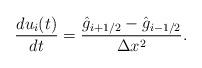
LaTeX: \begin{align*} \frac{du_{i}(t)}{dt} = \frac{\hat{g}_{i+1/2} - \hat{g}_{i-1/2}}{\Delta x^2}.\end{align*}